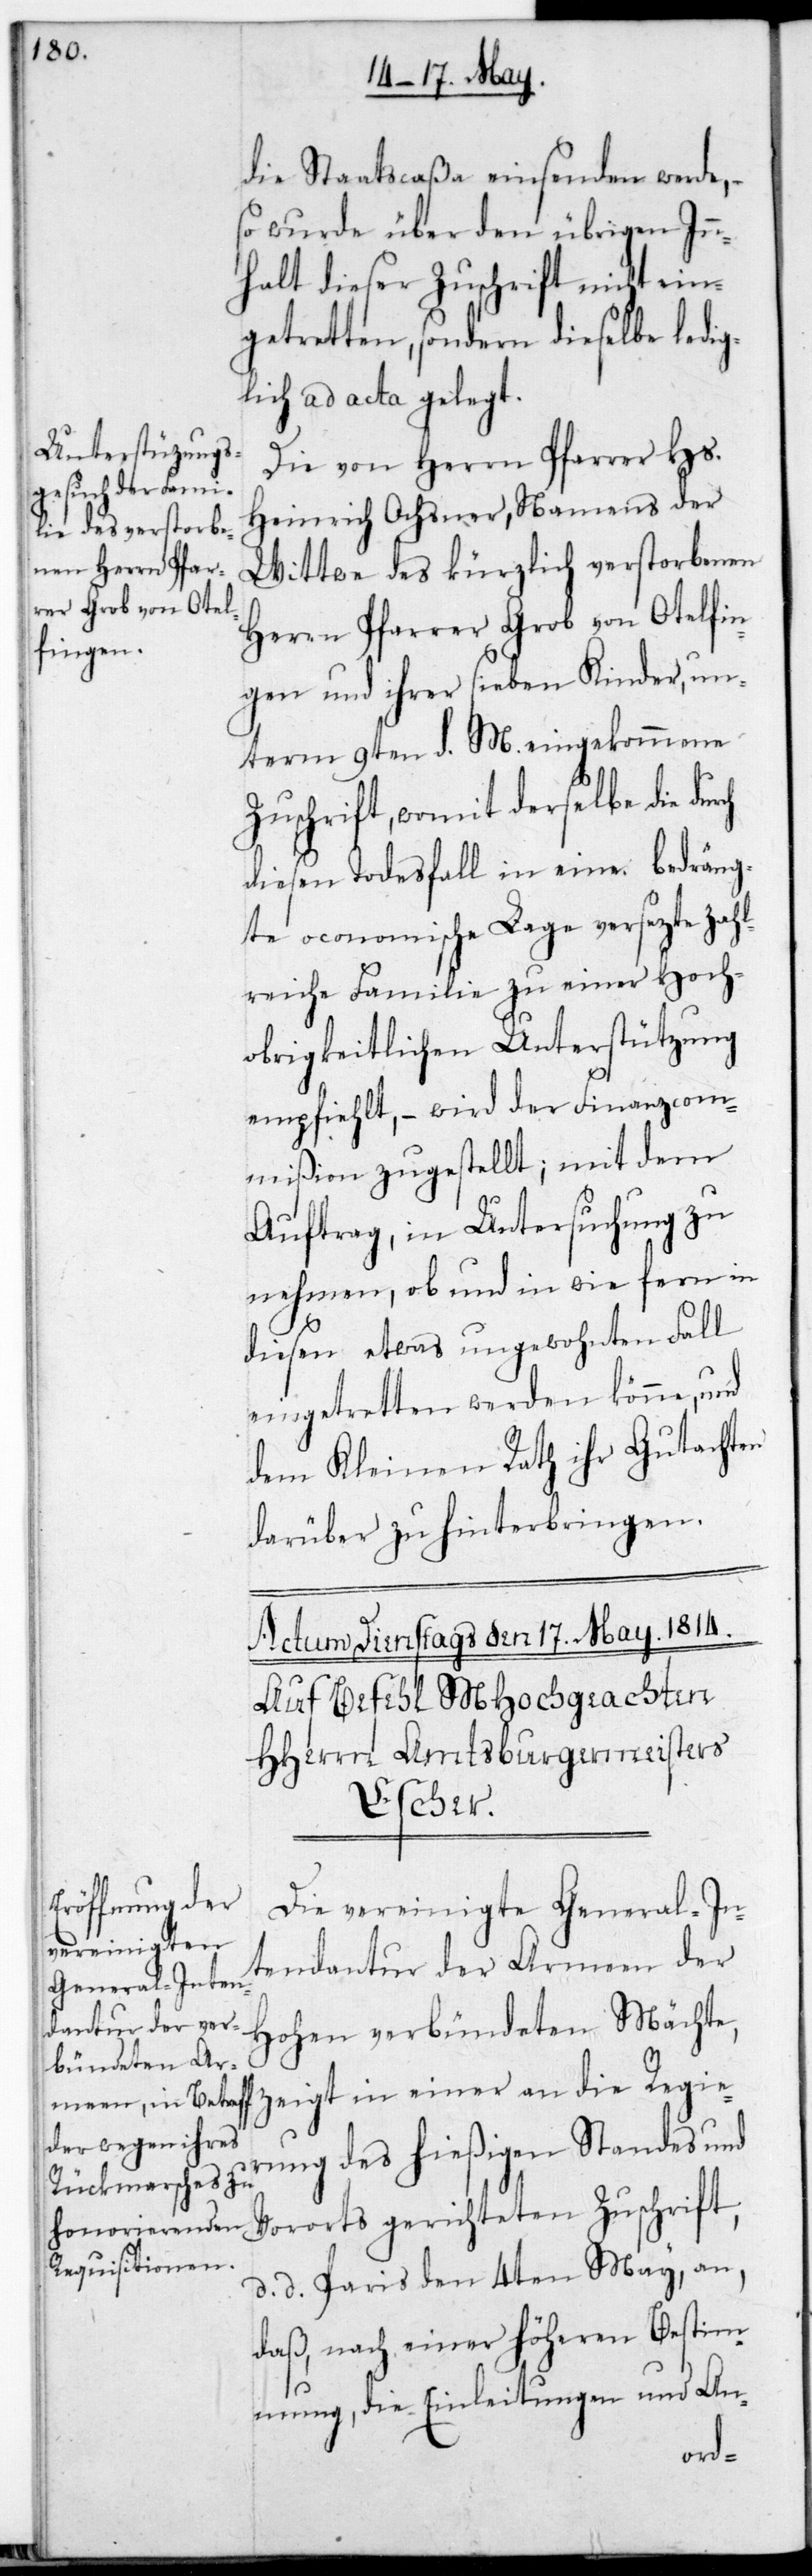
die Staatscaßa einsenden werde, –
so wurde über den übrigen In¬
halt dieser Zuschrift nicht ein¬
getretten, sondern dieselbe ledig¬
lich ad acta gelegt.
Die von Herrn Pfarrer Hs.
Heinrich Ochsner, Namens der
Wittwe des kürzlich verstorbenen
Herrn Pfarrer Grob von Otelfin¬
gen und ihrer sieben Kinder, un¬
term 9ten d. M. eingekommene
Zuschrift, womit derselbe die
diesen Todesfall in eine bedräng¬
te öconomische Lage versetzte zah¬
lreiche Familie zu einer Hoch¬
obrigkeitlichen Unterstützung
empfiehlt, – wird der Finanzcom¬
mißion zugestellt, mit dem
Auftrag, in Untersuchung zu
nehmen, ob und in wie fern in
diesen etwas ungewohnten Fall
eingetretten werden könne, und
dem Kleinen Rath ihr Gutachten
darüber zu hinterbringen.
Die vereinigte General-In¬
tendantur der Armeen der
Hohen verbündeten Mächte,
zeigt in einer an die Regie¬
rung des hießigen Standes und
Vororts gerichteten Zuschrift,
Paris den 4ten May an,
daß nach einer höheren Bestim¬
mung, die Einleitungen und An-